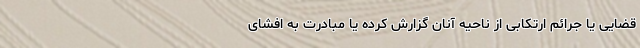
قضایی یا جرائم ارتکابی از ناحیه آنان گزارش کرده یا مبادرت به افشای